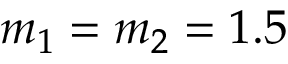
m _ { 1 } = m _ { 2 } = 1 . 5